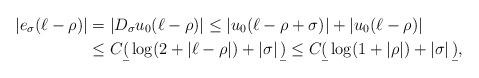
LaTeX: \begin{align*}|e_{\sigma}(\ell - \rho)| &= |D_{\sigma} u_{0}(\ell - \rho)| \leq |u_{0}(\ell - \rho + \sigma)| + |u_{0}(\ell - \rho)| \\ &\leq C \b( \log(2 + |\ell - \rho|) + |\sigma| \, \b) \leq C\b( \log(1 + |\rho|) + |\sigma| \, \b),\end{align*}